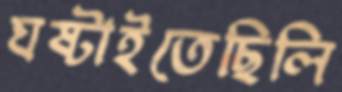
ঘষ্‌টাইতেছিলি